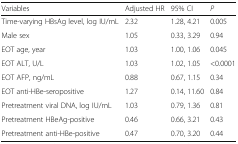
<table><thead><tr><td><b>Variables</b></td><td><b>Adjusted HR</b></td><td><b>95% CI</b></td><td><b><i>P</i></b></td></tr></thead><tbody><tr><td>Time-varying HBsAg level, log IU/mL</td><td>2.32</td><td>1.28, 4.21</td><td>0.005</td></tr><tr><td>Male sex</td><td>1.05</td><td>0.33, 3.29</td><td>0.94</td></tr><tr><td>EOT age, year</td><td>1.03</td><td>1.00, 1.06</td><td>0.045</td></tr><tr><td>EOT ALT, U/L</td><td>1.03</td><td>1.02, 1.05</td><td>&lt;0.0001</td></tr><tr><td>EOT AFP, ng/mL</td><td>0.88</td><td>0.67, 1.15</td><td>0.34</td></tr><tr><td>EOT anti-HBe-seropositive</td><td>1.27</td><td>0.14, 11.60</td><td>0.84</td></tr><tr><td>Pretreatment viral DNA, log IU/mL</td><td>1.03</td><td>0.79, 1.36</td><td>0.81</td></tr><tr><td>Pretreatment HBeAg-positive</td><td>0.46</td><td>0.66, 3.21</td><td>0.43</td></tr><tr><td>Pretreatment anti-HBe-positive</td><td>0.47</td><td>0.70, 3.20</td><td>0.44</td></tr></tbody></table>